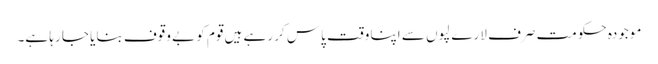
موجودہ حکومت صرف لارے لپوں سے اپنا وقت پاس کر رہے ہیں قوم کو بے وقوف بنایا جا رہا ہے۔